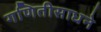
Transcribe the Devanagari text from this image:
गणितीसाधने